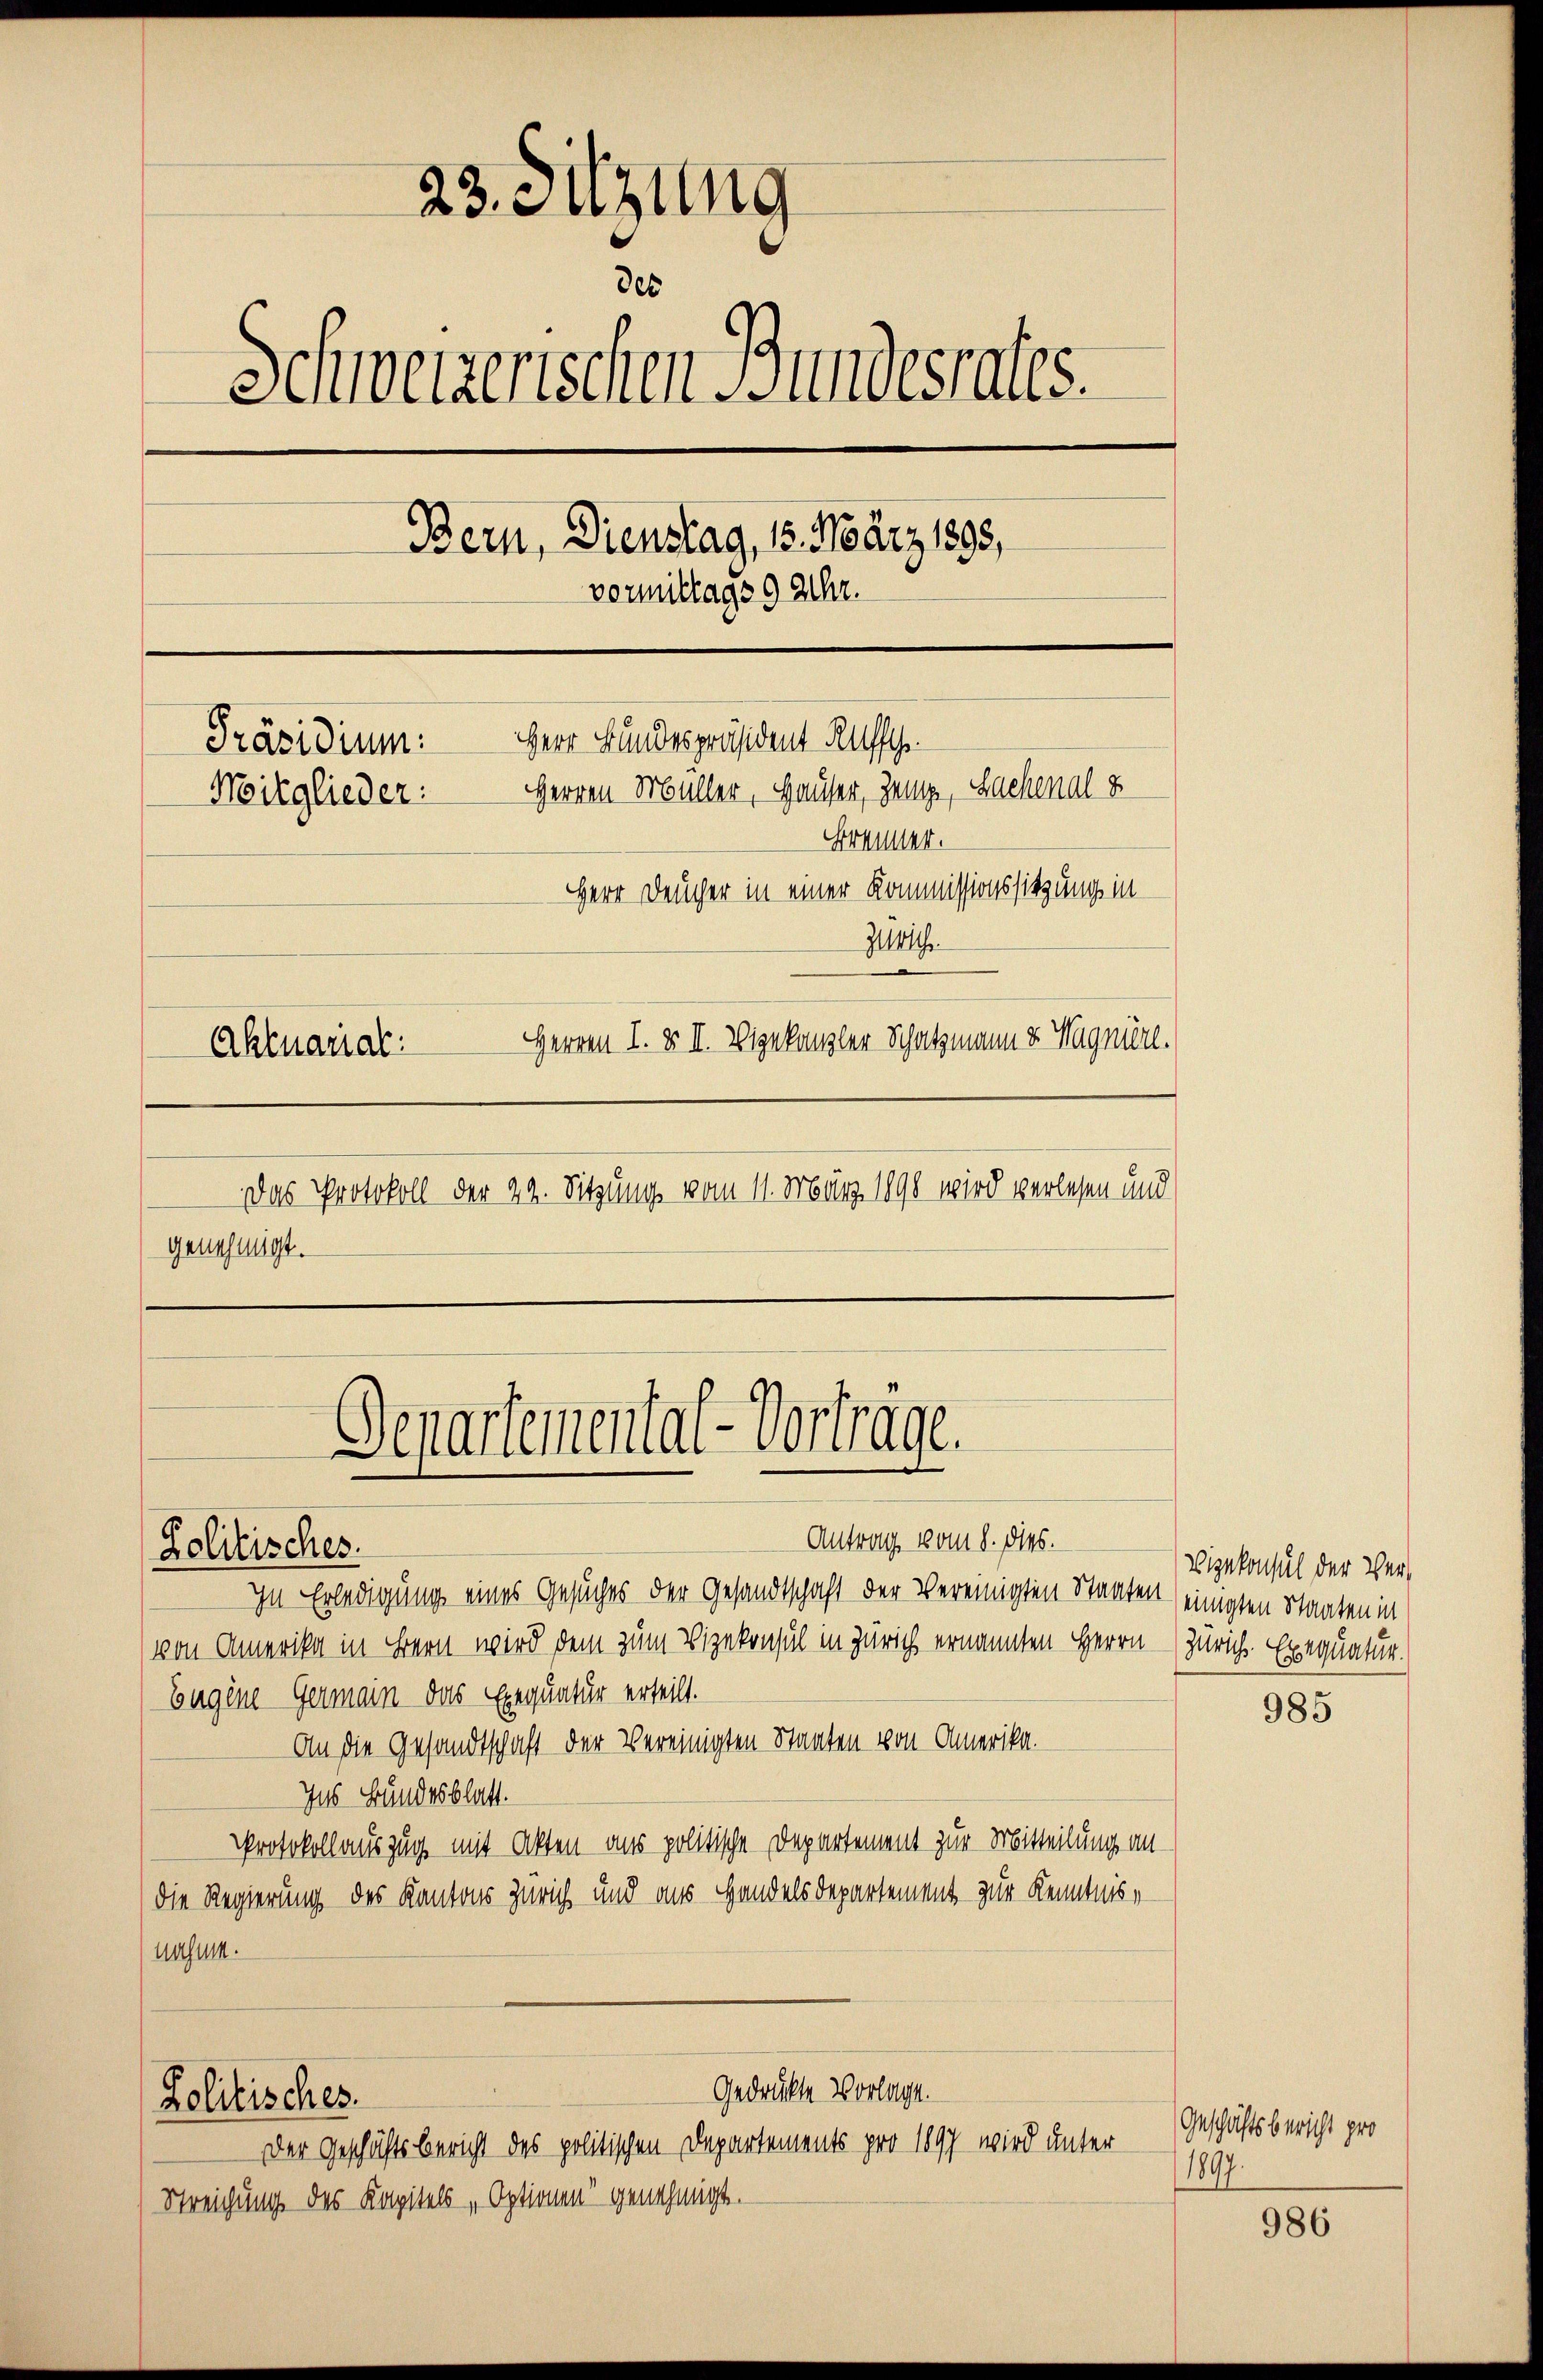
23. Sitzung
des
Schweizerischen Gundesrates.
Bern, Dienstag, 15. März 1893,
vormittags 9 Uhr.
Herr Bundespräsident Rufsch
Präsidium:
Herren Müller, Hauser, Zeige, Sachenal z
Mitglieder:
Brenner.
Herr Deucher in einer Kommissionssitzung in
Zeich
Herren I. & II. Vizekanzler Schatzmann v. Wagniere.
Aktuarial:
 Das Protokoll der 24. Sitzung vom 11. März 1890 wird verlesen und
genehmigt.

C
Antrag vom 8. ds.
Holitisches.

In Erledigung eines Gesuches der Gesandtschaft der vereinigten Staaten einigten Staaten in
von Amerika in Bern wird dem zum Vizekonsul in Zürich ernannten Herrn Zürich. Exequatur.
Eugene Germain das Exequatur erteilt.
An die Gesandtschaft der Vereinigten Staaten von Amerika.
Ins Bundesblatt.
Protokollauszug mit Akten aus politische Departement zur Mitteilung an
die Regierung des Kantons Zürich und aus Handels Departement zur Kenntnis,
nusum.

Politisches.

Separtemental-Vorträge.

Gedrückte Vorlage.
Der Geschäftsbericht des politischen Departements pro 1897 wird unter

Streichung des Kapitels Optionen“ genehmigt.

Vizekonsul der Ver¬

985

Geschäftsbericht pro
1897.

986